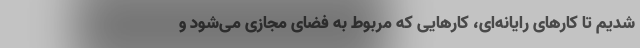
شدیم تا کارهای رایانه‌ای، کارهایی که مربوط به فضای مجازی می‌شود و